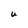
Character: U